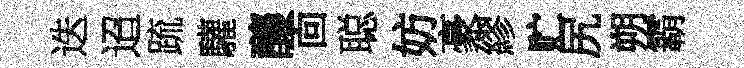
迭迢䟽驩釀靣聪妨豪繆贮尻朔霸